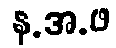
န.အ.ဖ